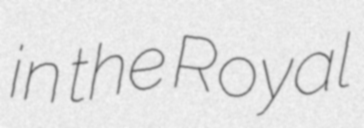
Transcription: in the Royal